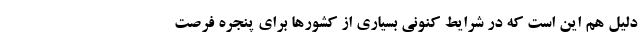
دلیل هم این است که در شرایط کنونی بسیاری از کشورها برای پنجره فرصت